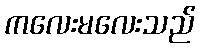
ကလေးမလေးသည်